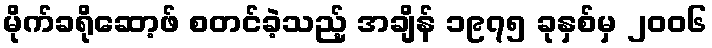
မိုက်ခရိုဆော့ဖ် စတင်ခဲ့သည့် အချိန် ၁၉၇၅ ခုနှစ်မှ ၂၀၀၆